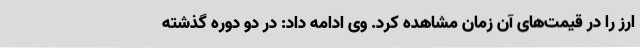
ارز را در قیمت‌های آن زمان مشاهده کرد. وی ادامه داد: در دو دوره گذشته